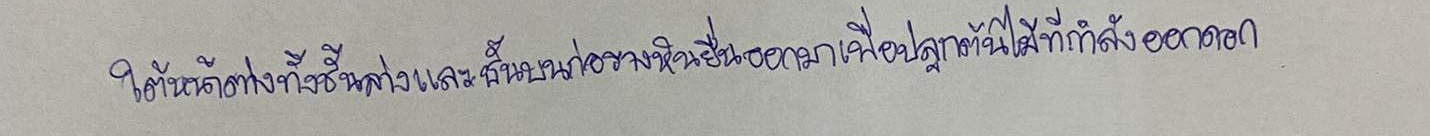
ใต้หน้าต่างทั้งชั้นล่างและชั้นบนก่อรางหินยื่นออกมาเพื่อปลูกต้นไม้ที่กำลังออกดอก